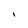
Character: I